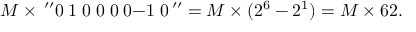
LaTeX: M \times \, ^ { \prime \prime } 0 \; 1 \; 0 \; 0 \; 0 \; 0 { \mathrm { - 1 } } \; 0 \, ^ { \prime \prime } = M \times ( 2 ^ { 6 } - 2 ^ { 1 } ) = M \times 6 2 .